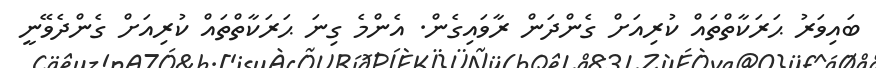
ބައިވަރު ޙަރަކާތްތައް ކުރިއަށް ގެންދަން ރާވައިގެން. އެންމެ ގިނަ ޙަރަކާތްތައް ކުރިއަށް ގެންދެވޭނީ